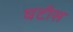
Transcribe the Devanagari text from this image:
घटीस